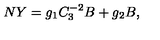
N Y = g _ { 1 } C _ { 3 } ^ { - 2 } B + g _ { 2 } B ,